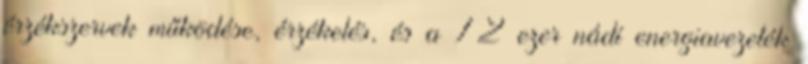
érzékszervek működése, érzékelés, és a 72 ezer nádí energiavezeték